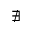
\nexists